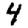
Digit: 4